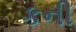
કની